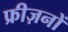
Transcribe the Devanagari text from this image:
फ्रीज़नों